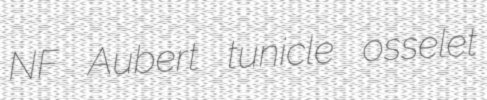
NF Aubert tunicle osselet